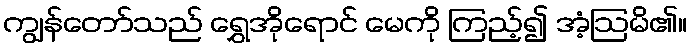
ကျွန်တော်သည် ရွှေအိုရောင် မေကို ကြည့်၍ အံ့ဩမိ၏။